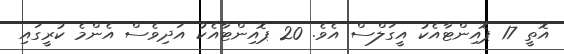
އޮތީ 17 ޕޮއިންޓާއެކު އީގަލްސް އެވެ. 20 ޕޮއިންޓާއެކު އަދިވެސް އެންމެ ކުރީގައި